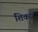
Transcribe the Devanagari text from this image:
शिकार